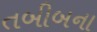
તબીબના